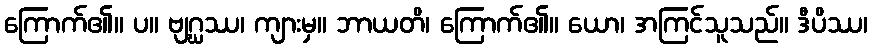
ကြောက်၏။ ပ။ ဗျဂ္ဃဿ၊ ကျားမှ။ ဘာယတိ၊ ကြောက်၏။ ယော၊ အကြင်သူသည်။ ဒီပိဿ၊